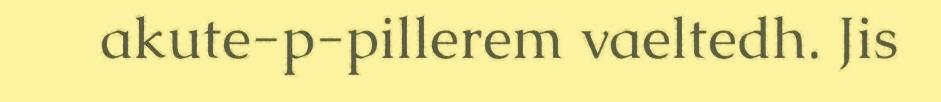
akute-p-pillerem vaeltedh. Jis